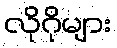
လိုဂိုများ